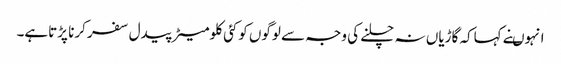
انہوںنے کہاکہ گاڑیاں نہ چلنے کی وجہ سے لوگوں کوکئی کلومیٹر پیدل سفر کرنا پڑتاہے۔